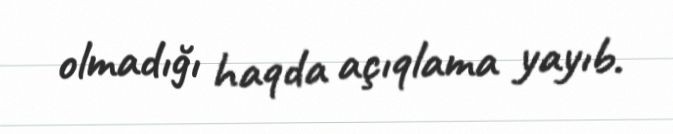
olmadığı haqda açıqlama yayıb.